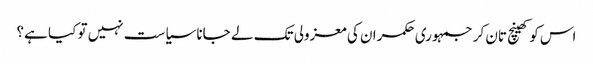
اس کو کھینچ تان کر جمہوری حکمران کی معزولی تک لے جانا سیاست نہیں تو کیا ہے؟